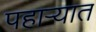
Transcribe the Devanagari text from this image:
पहार्‍यात